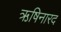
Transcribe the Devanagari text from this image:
ऋषिनारद